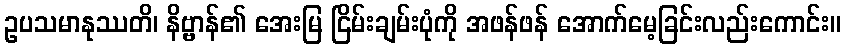
ဥပသမာနုဿတိ၊ နိဗ္ဗာန်၏ အေးမြ ငြိမ်းချမ်းပုံကို အဖန်ဖန် အောက်မေ့ခြင်းလည်းကောင်း။